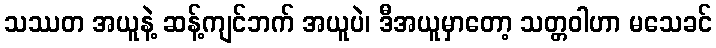
သဿတ အယူနဲ့ ဆန့်ကျင်ဘက် အယူပဲ၊ ဒီအယူမှာတော့ သတ္တဝါဟာ မသေခင်